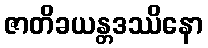
ဇာတိခယန္တဒဿိနော